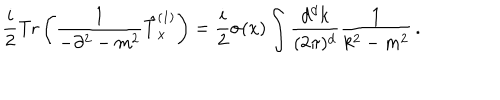
\frac { i } { 2 } \mathrm { T r } \left( \frac { 1 } { - \partial ^ { 2 } - m ^ { 2 } } \hat { T } _ { x } ^ { ( 1 ) } \right) = \frac { i } { 2 } \sigma ( x ) \int \frac { d ^ { d } k } { ( 2 \pi ) ^ { d } } \frac { 1 } { k ^ { 2 } - m ^ { 2 } } \, .